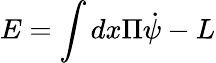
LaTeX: E=\int dx\Pi\dot{\psi}-L